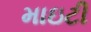
માઇટી